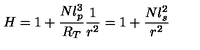
H = 1 + \frac { N l _ { p } ^ { 3 } } { R _ { T } } \frac { 1 } { r ^ { 2 } } = 1 + \frac { N l _ { s } ^ { 2 } } { r ^ { 2 } }